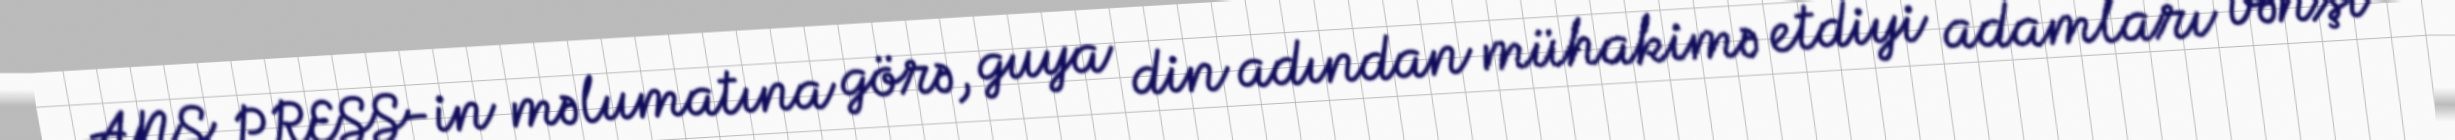
ANS PRESS-in məlumatına görə, guya din adından mühakimə etdiyi adamları vəhşi